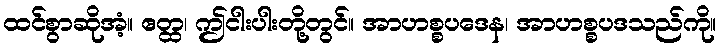
ထင်စွာဆိုအံ့။ ဧတ္ထ၊ ဤငါးပါးတို့တွင်။ အာဟစ္စပဒေန၊ အာဟစ္စပဒသည်ကို။